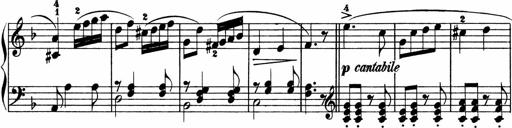
Title: 2 instructive Sonatinen
Composer: Paul Schumacher